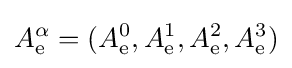
A_{\mathrm {e} }^{\alpha }=(A_{\mathrm {e} }^{0},A_{\mathrm {e} }^{1},A_{\mathrm {e} }^{2},A_{\mathrm {e} }^{3})